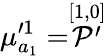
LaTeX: \mu_{a_{1}}^{\prime 1}=\stackrel{[1,0]}{{\cal P}^{\prime}}